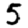
Digit: 5